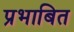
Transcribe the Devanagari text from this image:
प्रभाबित